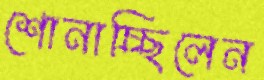
শোনাচ্ছিলেন